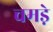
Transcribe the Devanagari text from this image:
चमडे़